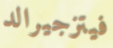
فيتزجيرالد